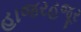
હાજરહજૂર